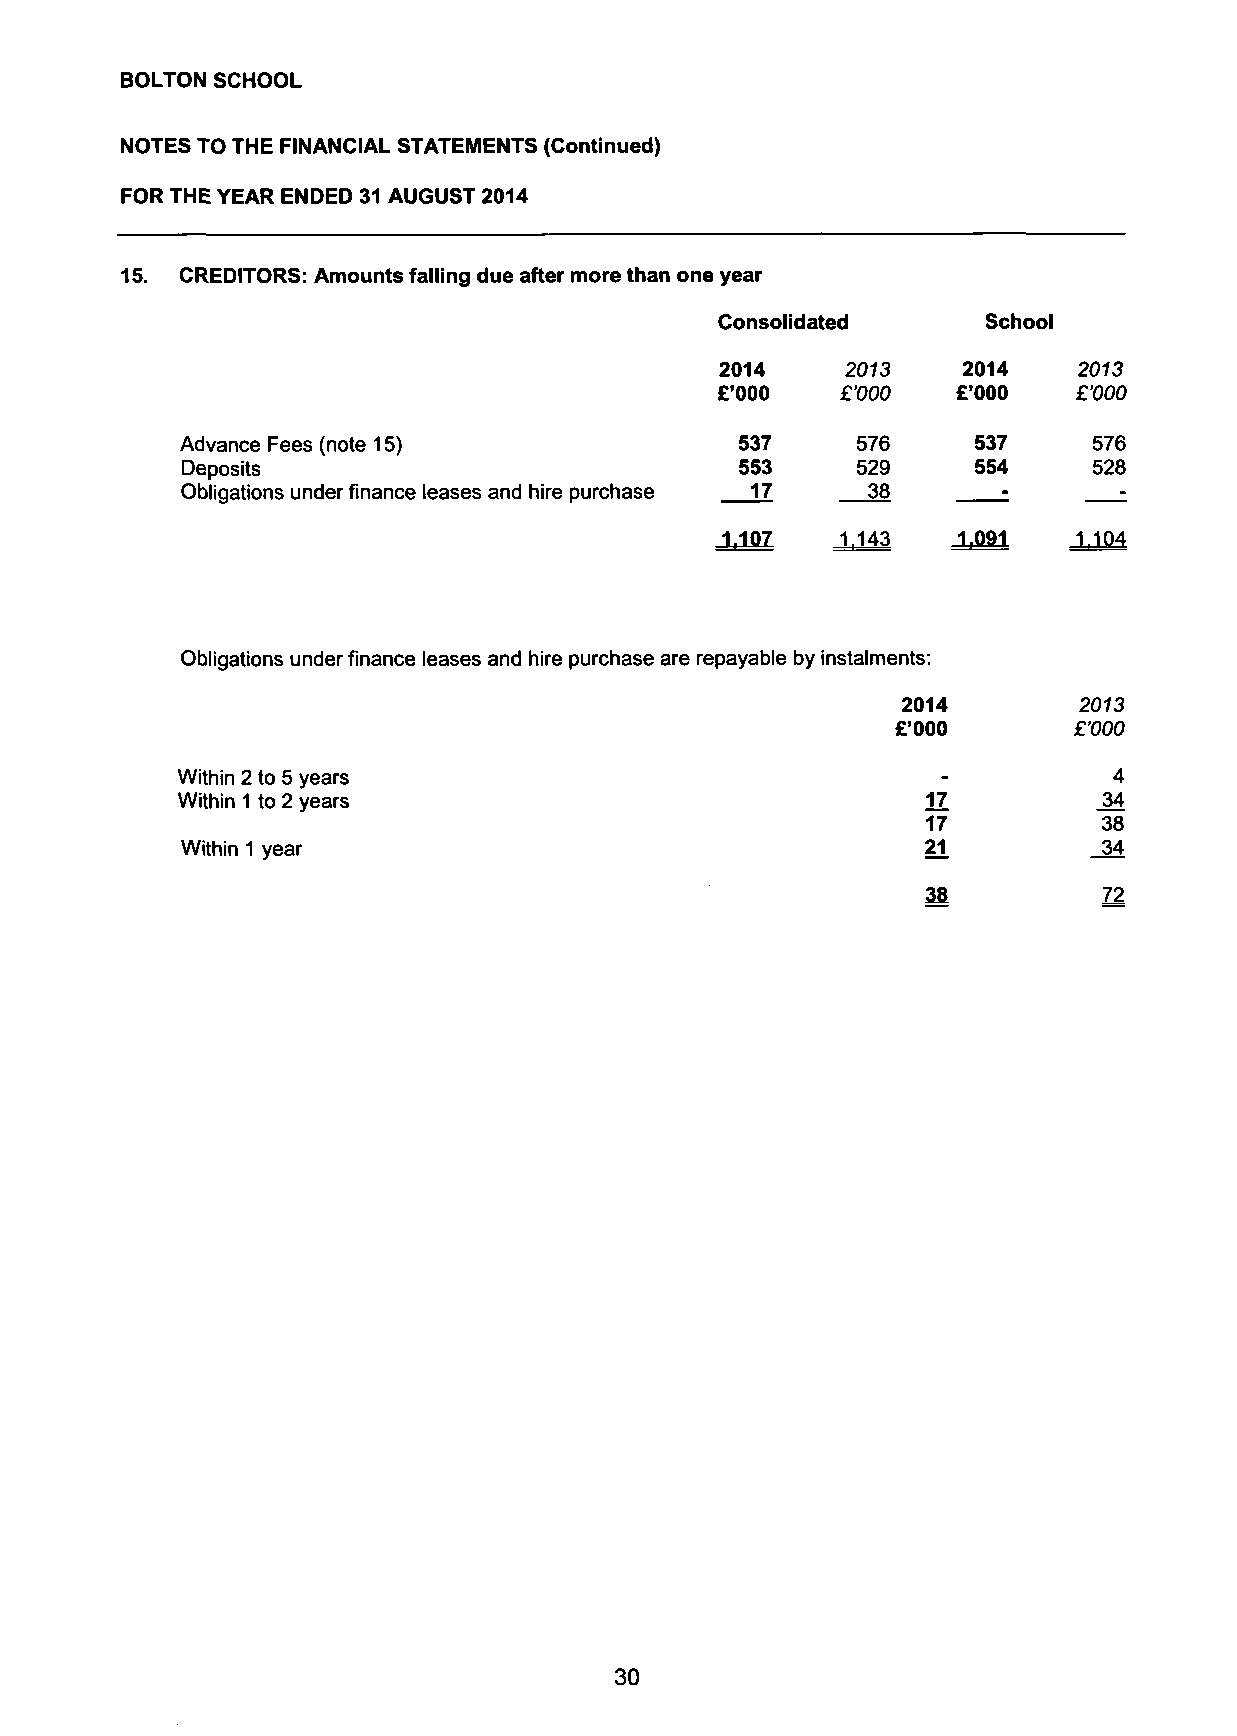
BOLTON SCHOOL
 NOTES TO THE FINANCIAL STATEMENTS (Continued)
 FOR THE YEAR ENDED 31 AUGUST 2014
 15. CREDITORS: Amounts falling due after more than one year
 Consolidated     School
 2014    2013    2014   2073
 £'000    £'000  £'000   £'000
 Advance Fees (note 15)               537     576     537    576
 Deposits                             553     529     554    528
 Obligations under finance leases and hire purchase 17 38 ;
 :
 1.107   1.143  1.091   1.104
 Obligations under finance leases and hire purchase are repayable by instalments:
 2014       2013
 £'000       £'000
 Within 2 to 5 years                               -           4
 Within 1 to 2 years                              17          .34
 17          38
 Within 1 year                                    21         _34
 38          72
 30